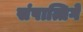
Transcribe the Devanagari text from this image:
संपात्तिगे